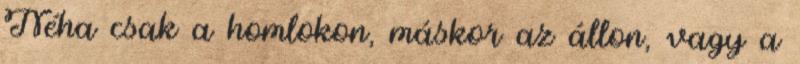
Néha csak a homlokon, máskor az állon, vagy a